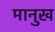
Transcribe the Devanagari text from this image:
मानुख